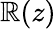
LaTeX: \mathbb{R}(z)